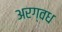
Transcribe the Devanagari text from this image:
अरग्वध